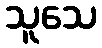
သူသေ